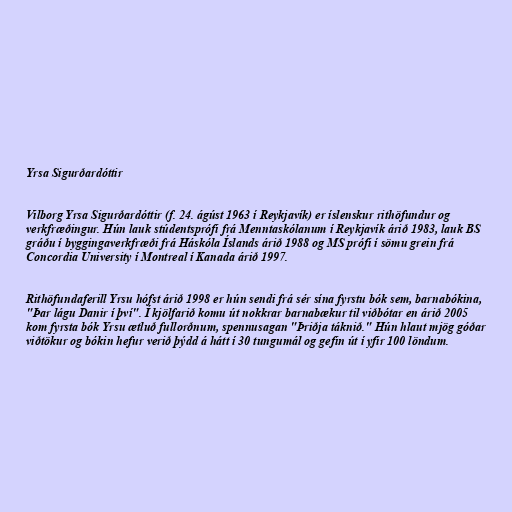
Yrsa Sigurðardóttir

Vilborg Yrsa Sigurðardóttir (f. 24. ágúst 1963 í Reykjavík) er íslenskur rithöfundur og
verkfræðingur. Hún lauk stúdentsprófi frá Menntaskólanum í Reykjavík árið 1983, lauk BS
gráðu í byggingaverkfræði frá Háskóla Íslands árið 1988 og MS prófi í sömu grein frá
Concordia University í Montreal í Kanada árið 1997.

Rithöfundaferill Yrsu hófst árið 1998 er hún sendi frá sér sína fyrstu bók sem, barnabókina,
"Þar lágu Danir í því". Í kjölfarið komu út nokkrar barnabækur til viðbótar en árið 2005
kom fyrsta bók Yrsu ætluð fullorðnum, spennusagan "Þriðja táknið." Hún hlaut mjög góðar
viðtökur og bókin hefur verið þýdd á hátt í 30 tungumál og gefin út í yfir 100 löndum.